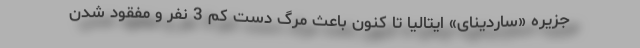
جزیره «ساردینای» ایتالیا تا کنون باعث مرگ دست کم 3 نفر و مفقود شدن